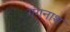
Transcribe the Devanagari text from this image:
गंगनाथ